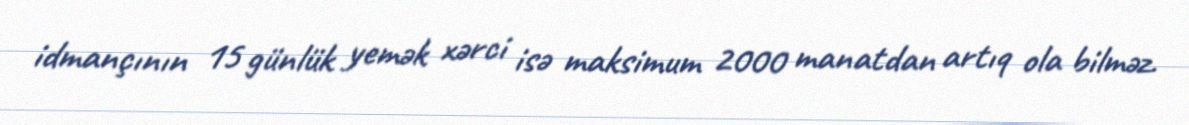
idmançının 15 günlük yemək xərci isə maksimum 2000 manatdan artıq ola bilməz.